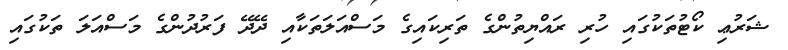
ޝަރުޢި ކޯޓުތަކުގައި ހުރި ރައްޔިތުންގެ ތަރިކައިގެ މަސްއަލަތަކާއި ދޭދޭ ފަރުދުންގެ މަސްއަލަ ތަކުގައި